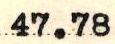
47.78